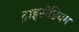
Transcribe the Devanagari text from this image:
ट्राइसेडियम